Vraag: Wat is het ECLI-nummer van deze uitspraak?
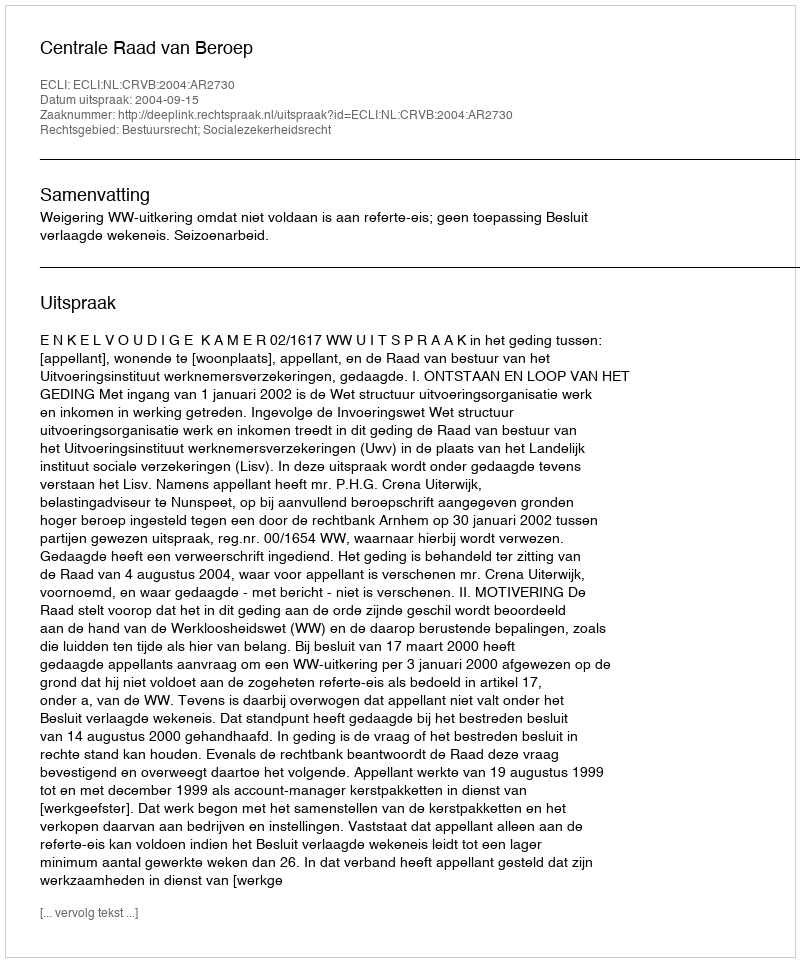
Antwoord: ECLI:NL:CRVB:2004:AR2730